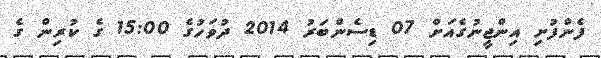
ފެންފުށި އިންޖީނުގެއަށް 07 ޑިސެންބަރު 2014 ދުވަހުގެ 15:00 ގެ ކުރިން ގެ